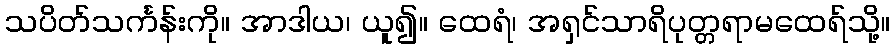
သပိတ်သင်္ကန်းကို။ အာဒါယ၊ ယူ၍။ ထေရံ၊ အရှင်သာရိပုတ္တရာမထေရ်သို့။